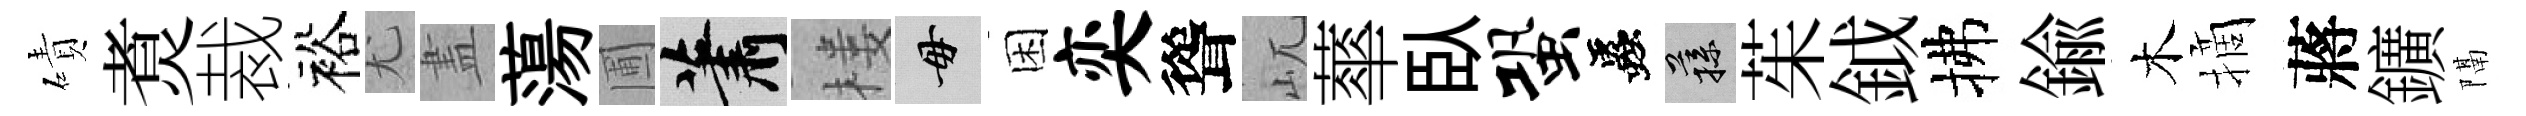
磧煑裁裕尤𥁞蕩圃蕭楼毋困奕聳屼蕐臥蛩蟲蓀茱鉞拂鍮木摘蔣鑛隔